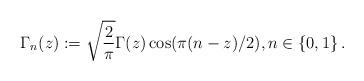
LaTeX: \begin{align*}\Gamma_{n}(z):=\sqrt{\frac{2}{\pi}}\Gamma(z)\cos(\pi(n-z)/2),n\in\{0,1\} \,.\end{align*}